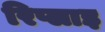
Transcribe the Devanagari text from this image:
रिप्लाइ